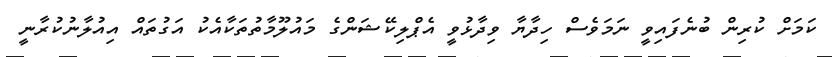
ކަމަށް ކުރިން ބުނެފައިވީ ނަމަވެސް ހިދާޔާ ވިދާޅުވީ އެޕްލިކޭޝަންގެ މައުލޫމާތުތަކާއެކު އަގުތައް އިއުލާނުކުރާނީ